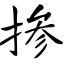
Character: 掺